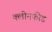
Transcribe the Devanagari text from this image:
क्लीनफीड